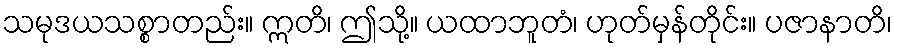
သမုဒယသစ္စာတည်း။ ဣတိ၊ ဤသို့။ ယထာဘူတံ၊ ဟုတ်မှန်တိုင်း။ ပဇာနာတိ၊